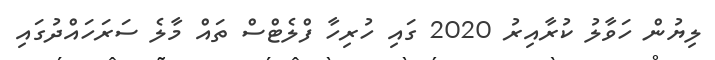
ލިޔުން ހަވާލު ކުރާއިރު 2020 ގައި ހުރިހާ ފްލެޓްސް ތައް މާލެ ސަރަހައްދުގައި